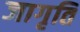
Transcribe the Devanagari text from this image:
जागृति